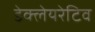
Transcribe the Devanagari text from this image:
डेक्लेयरेटिव